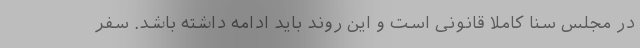
در مجلس سنا کاملا قانونی است و این روند باید ادامه داشته باشد. سفر